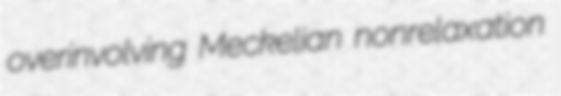
overinvolving Meckelian nonrelaxation